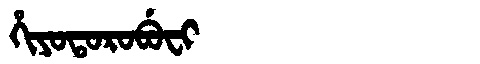
Manchu: ᡥᡳᠶᠣᡨᠣᡵᠣᠪᡠᠸᡳ
Romanization: HIYOTOROBUFI